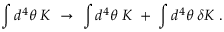
\int d ^ { 4 } \theta \; K \ \rightarrow \ \int d ^ { 4 } \theta \; K \; + \; \int d ^ { 4 } \theta \; \delta K \; .